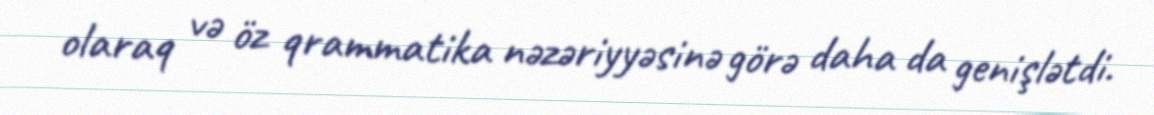
olaraq və öz qrammatika nəzəriyyəsinə görə daha da genişlətdi.